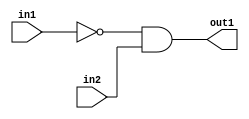
module simple_propagation(in1, in2, out1);

input in1, in2;
output out1;
wire w3;

not NOT1 (w3, in1);
and AND1 (out1, w3, in2);

endmodule